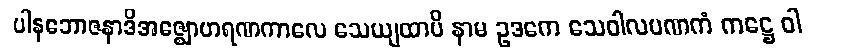
ပါနဘောဇနာဒိအဇ္ဈောဟရဏကာလေ သေယျထာပိ နာမ ဥဒကေ သေဝါလပဏကံ ကဋ္ဌေ ဝါ